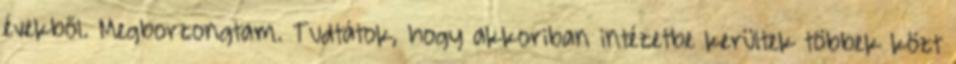
évekből. Megborzongtam. Tudtátok, hogy akkoriban intézetbe kerültek többek közt